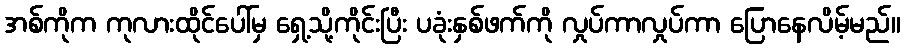
အစ်ကိုက ကုလားထိုင်ပေါ်မှ ရှေ့သို့ကိုင်းပြီး ပခုံးနှစ်ဖက်ကို လှုပ်ကာလှုပ်ကာ ပြောနေလိမ့်မည်။